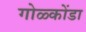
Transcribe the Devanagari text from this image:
गोळ्कोंडा